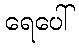
ရေပေါ်